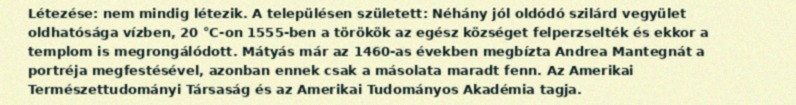
Létezése: nem mindig létezik. A településen született: Néhány jól oldódó szilárd vegyület oldhatósága vízben, 20 °C-on 1555-ben a törökök az egész községet felperzselték és ekkor a templom is megrongálódott. Mátyás már az 1460-as években megbízta Andrea Mantegnát a portréja megfestésével, azonban ennek csak a másolata maradt fenn. Az Amerikai Természettudományi Társaság és az Amerikai Tudományos Akadémia tagja.